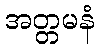
အတ္တမနံ